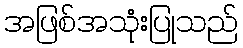
အဖြစ်အသုံးပြုသည်